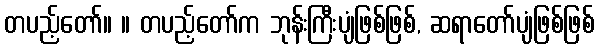
တပည့်တော်။ ။ တပည့်တော်က ဘုန်းကြီးပျံဖြစ်ဖြစ်, ဆရာတော်ပျံဖြစ်ဖြစ်